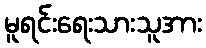
မူရင်းရေးသားသူအား